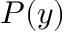
P ( y )